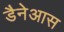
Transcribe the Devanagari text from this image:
डैनेआस